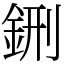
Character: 鉶